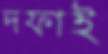
দফাই